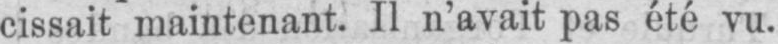
cissait maintenant. Il n’avait pas été vu.